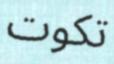
تكوت